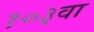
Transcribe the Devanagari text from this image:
१०३वा